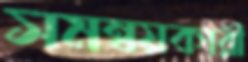
সমন্বয়কারী